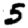
Digit: 5